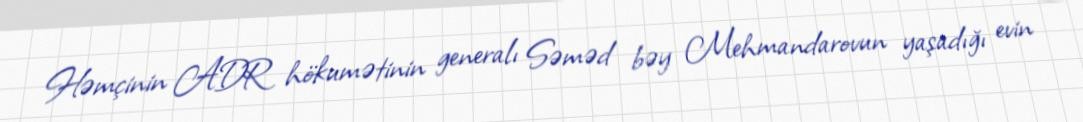
Həmçinin ADR hökumətinin generalı Səməd bəy Mehmandarovun yaşadığı evin